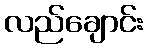
လည်ချောင်း